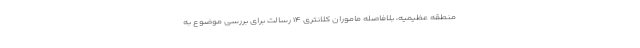
منطقه عظیمیه، بلافاصله ماموران کلانتری ۱۴ رسالت برای بررسی موضوع به